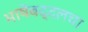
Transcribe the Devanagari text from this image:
भाषेबद्दलचा